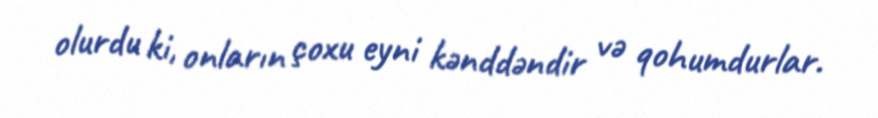
olurdu ki, onların çoxu eyni kənddəndir və qohumdurlar.